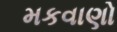
મકવાણો